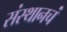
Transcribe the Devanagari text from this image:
संस्थानचं